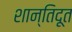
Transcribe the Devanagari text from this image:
शान्तिदूत